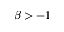
\beta > - 1